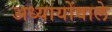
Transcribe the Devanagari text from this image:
अध्यायोंवाले